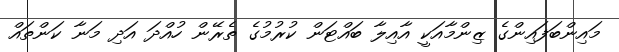
މައިންބަފައިންގެ ޒިންމާއަކީ އާއިލާ ބައްޓަން ކުރުމުގެ ތެރޭން ހުއްދަ އަދި މަނާ ކަންތައް